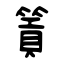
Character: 篢